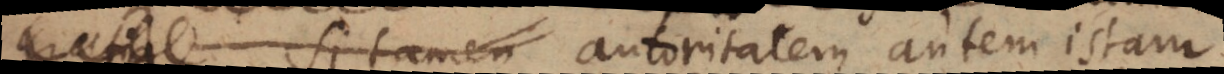
gratia, Si tamen Autoritatem autem istam